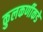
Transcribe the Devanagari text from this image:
कुलकर्णीकडे